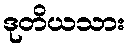
ဒုတိယသား